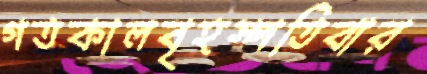
গতকালবৃহস্পতিবার